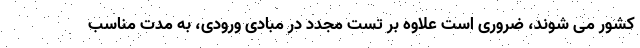
کشور می شوند، ضروری است علاوه بر تست مجدد در مبادی ورودی، به مدت مناسب